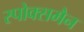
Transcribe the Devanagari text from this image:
स्पोक्समैन